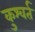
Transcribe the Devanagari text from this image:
कुश्वर्त